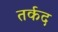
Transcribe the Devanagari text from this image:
तर्कद